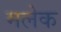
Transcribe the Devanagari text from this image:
मलेक